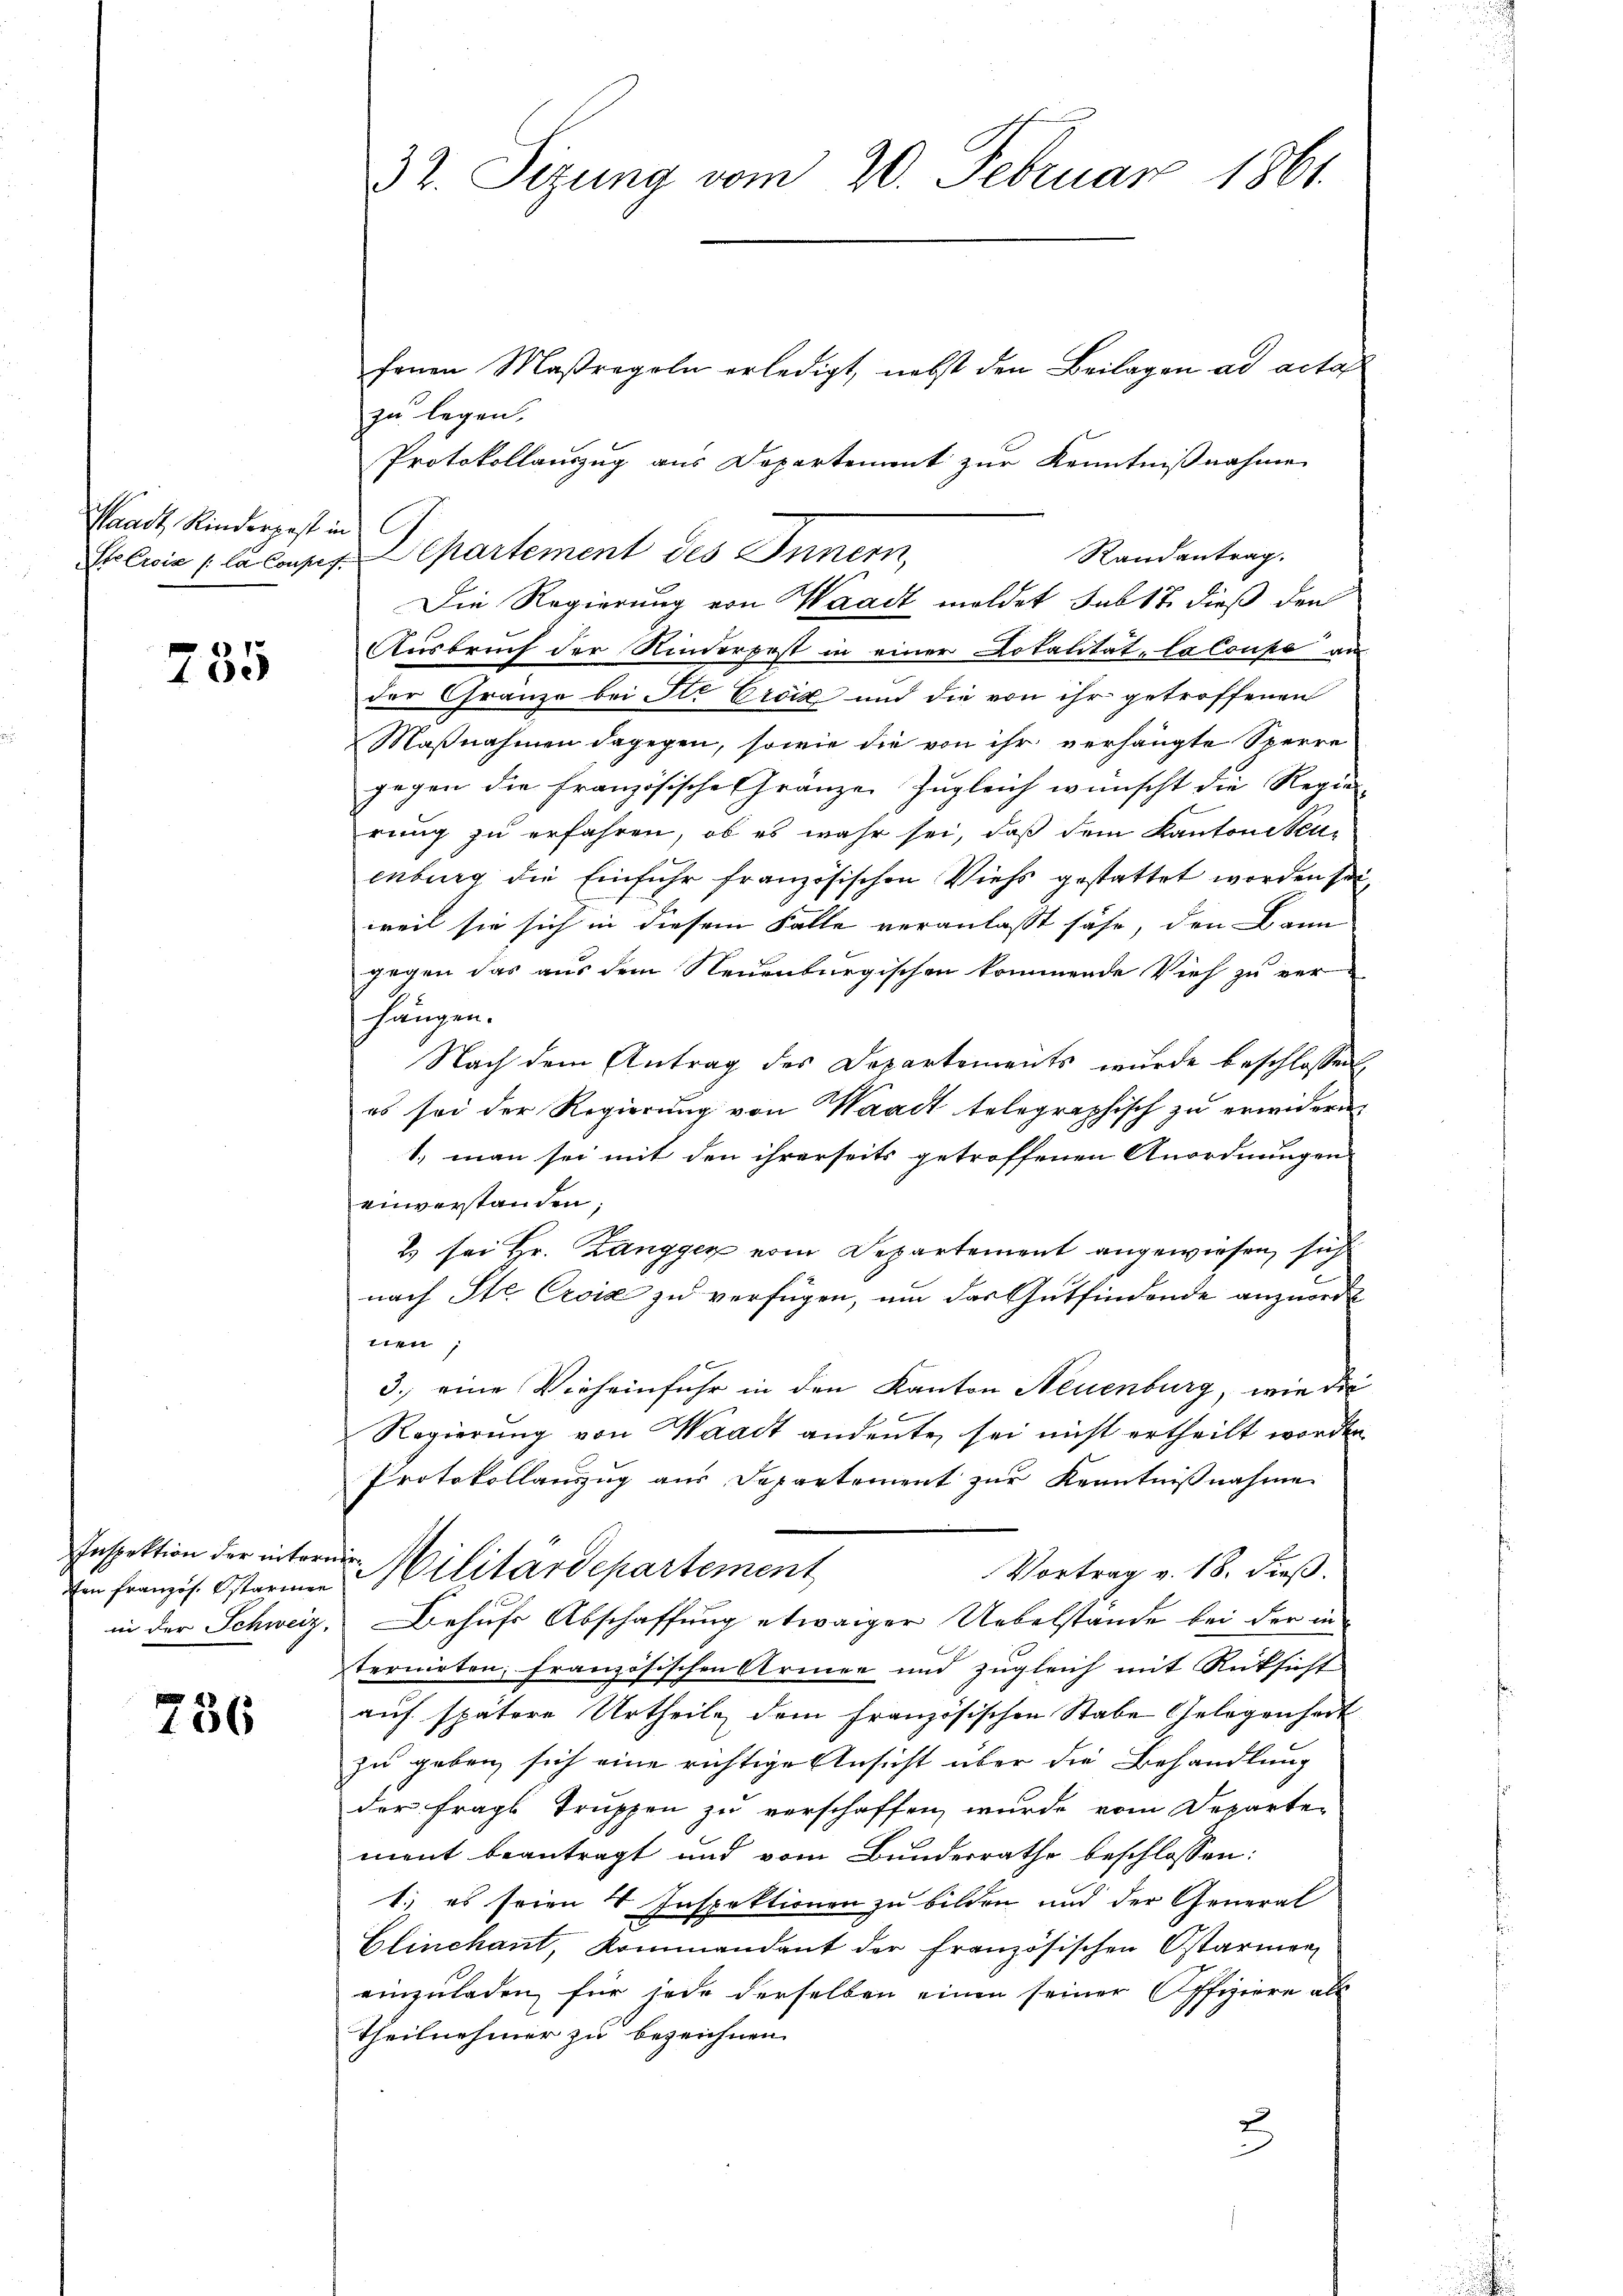
Waadt Kinderpest in

785

Inspektion der intern
fon französ. starmen
in der Schweiz,

736

32. Sizung vom 20. Februar 1861.

fenen Maßregeln erledigt, nebst den Beilagen ad acta
zu legen.
Protokollauszug aus Departement zur Kenntnißnahme
Randantrag.
In wie la los. Separtement des Innern,
Die Regierung von Waadt meldet sub 17 dieß den
Ausbruch der Kinderpost in einer Lokalität-Caloupe au
der Gränze bei St. Croix und die von ihr getroffenen
Maßnahmen dagegen, sowie die von ihr verhängte Sperre
gegen die Französische Granze Zugleich wünscht die Regier
rung zu erfahren, ob es wahr sei, daß dem Kanton Neuenburg die Einfuhr französischen Viehs gestattet worden sei,
weil sie sich in diesem Falle veranlasst sähe, den Dann
gegen das aus dem Neuenburgischen kommende Vieh zu ver-
hängen.
Nach dem Antrag des Departements wurde beschlossen,
es sei der Regierung von Waadt telegraphisch zu erwidern
1.) man sei mit den ihrerseits getroffenen Anordnungen
einverstanden;
2 sei Hr. Zangger vom Departement angewiesen, sich
nach Str. Croix zu verfügen, um das Gutfindende anzuordn
en,
3.) eine Vieheinfuhr in den Kanton Neuenburg, wie die
Regierung von Waadt andente sei nicht ertheilt worden
Protokollauszug aus Departement zur Kenntnißnahme
 Militärdepartement
Vortrag v. 18. dieß.
Behufs Abschaffung etwaiger Uebelstände bei der in
ternirten, französischen Armen und zugleich mit Rüksicht
auf spätere Urtheile dem französischen Stabe Gelegenheit
zu geben, sich eine richtige Ansicht über die Behandlung
der fragt Truppen zu verschaffen, wurde vom Departen
ment beantragt und vom Bunderrathe beschlossen:
1.) es seien 4 Inspektionen zu bilden und der General
Elinchant, Kommandant der französischen Ostarmen
einzuladen, für jede derselben einen seiner Offiziere als
Theilnehmer zu bezeichnen.
.